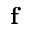
{ \bf f }